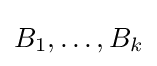
\textstyle B_{1},\dots ,B_{k}